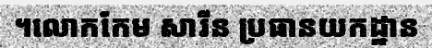
។លោកកែម សារីន ប្រធានយកដ្ឋាន